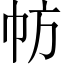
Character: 𢁸